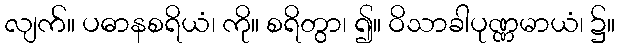
လျက်။ ပဓာနစရိယံ၊ ကို။ စရိတွာ၊ ၍။ ဝိသာခါပုဏ္ဏမာယံ၊ ၌။